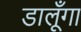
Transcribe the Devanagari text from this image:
डालूँगा